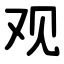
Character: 观